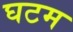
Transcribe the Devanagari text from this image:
घटम